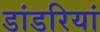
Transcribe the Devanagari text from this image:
डांडरियां